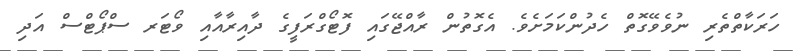
ހަރަކާތްތެރި ނުވެވޭގޮތް ހެދުންކަމަށެވެ. އެގޮތުން ރާއްޖޭގައި ފޮޓޯގްރަފީގެ ދާއިރާއާއި ވޯޓަރ ސްޕޯޓްސް އަދި